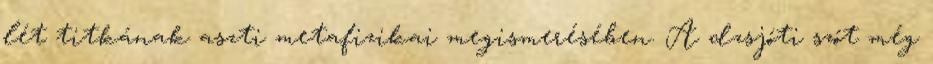
lét titkának aszti metafizikai megismerésében. A dzsjóti szót még